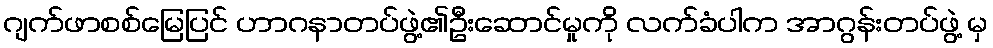
ဂျက်ဖာစစ်မြေပြင် ဟာဂနာတပ်ဖွဲ့၏ဦးဆောင်မှုကို လက်ခံပါက အာဂွန်းတပ်ဖွဲ့ မှ